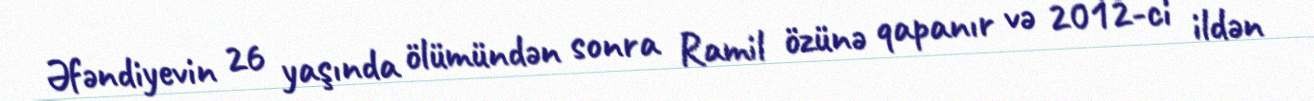
Əfəndiyevin 26 yaşında ölümündən sonra Ramil özünə qapanır və 2012-ci ildən